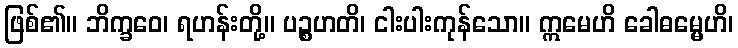
ဖြစ်၏။ ဘိက္ခဝေ၊ ရဟန်းတို့။ ပဉ္စဟတိ၊ ငါးပါးကုန်သော။ ဣမေဟိ ခေါဓမ္မေဟိ၊